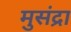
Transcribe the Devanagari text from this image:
मुसंद्रा